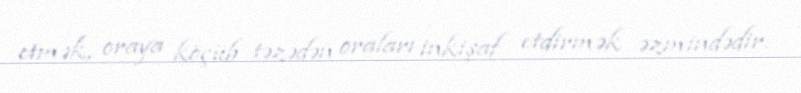
etmək, oraya köçüb təzədən oraları inkişaf etdirmək əzmindədir.